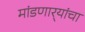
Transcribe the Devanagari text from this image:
मांडणार्‍यांचा